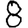
Digit: 8